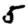
Digit: 5